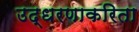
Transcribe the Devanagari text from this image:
उद्धरणाकरिता